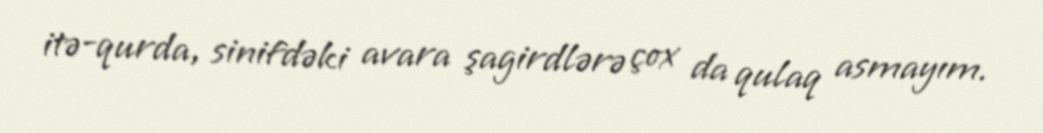
itə-qurda, sinifdəki avara şagirdlərə çox da qulaq asmayım.